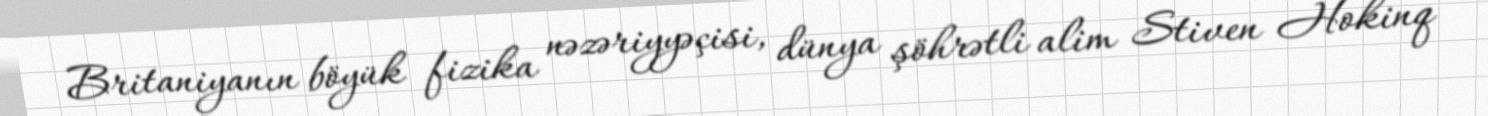
Britaniyanın böyük fizika nəzəriyyəçisi, dünya şöhrətli alim Stiven Hokinq